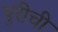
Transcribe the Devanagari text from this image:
पुरीची